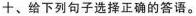
+、给下列句子选择正确的答语。